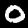
Digit: 0